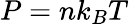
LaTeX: P=nk_{B}T